Calcutta medical institutions reports 1892-1900
Year: 1892
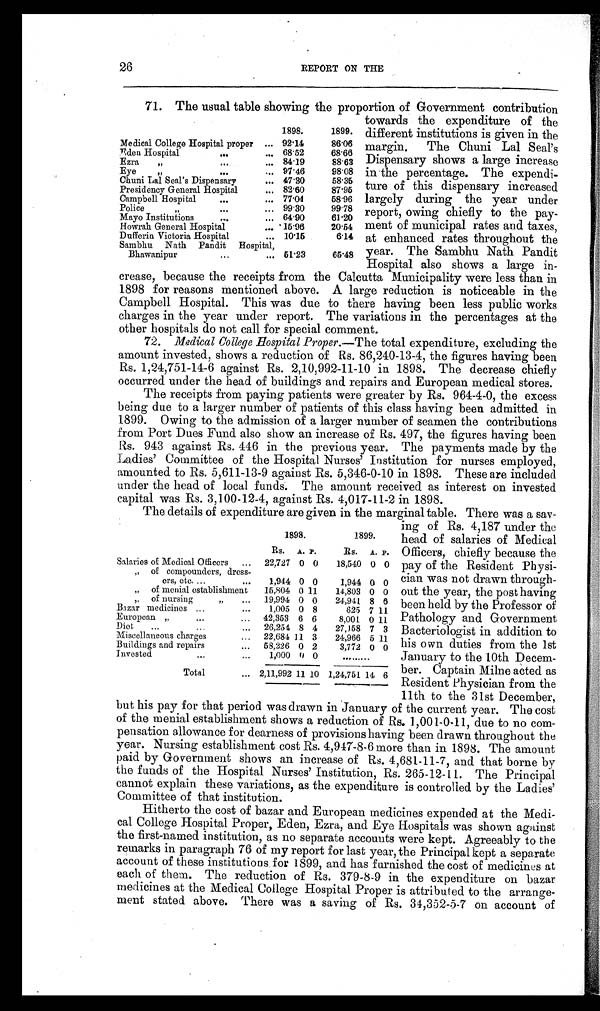
26
REPORT ON THE
71. The usual table showing the proportion of Government contribution
towards the expenditure of the
different institutions is given in the
margin. The Chuni Lal Seal's
Dispensary shows a large increase
in the percentage. The expendi-
ture of this dispensary increased
largely during the year under
report, owing chiefly to the pay-
ment of municipal rates and taxes,
at enhanced rates throughout the
year. The Sambhu Nath Pandit
Hospital also shows a large in-
crease, because the receipts from the Calcutta Municipality were less than in
1898 for reasons mentioned above. A large reduction is noticeable in the
Campbell Hospital. This was due to there having been less public works
charges in the year under report. The variations in the percentages at the
o t h e r h o s p i t a l s d o n o t c a l l f o r s p e c i a l c o mme n t .
72. Medical College Hospital Proper.— The total expenditure, excluding the
amount invested, shows a reduction of Rs. 86,240-13-4, the figures having been
Rs. 1,24,751-14-6 against Rs. 2,10,992-11-10 in 1898. The decrease chiefly
occurred under the head of buildings and repairs and European medical stores.
The receipts from paying patients were greater by Rs. 964-4-0, the excess
being due to a larger number of patients of this class having been admitted in
1899. Owing to the admission of a larger number of seamen the contributions
from Port Dues Fund also show an increase of Rs. 497, the figures having been
Rs. 943 against Rs. 446 in the previous year. The payments made by the
Ladies' Committee of the Hospital Nurses' Institution for nurses employed,
amounted to Rs. 5,611-13-9 against Rs. 5,346-0-10 in 1898. These are included
under the head of local funds. The amount received as interest on invested
capital was Rs. 3,100-12-4, against Rs. 4,017-11-2 in 1898.
The details of expenditure are given in the marginal table. There was a sav-
1898.
1899.
Medical College Hospital proper ... 92.14
86.06
Eden Hospital
...
. . . 68.52
68.66
Ezra „
...
. . . 84.19
88.63
Eye
"
...
... 97.46
98.08
Chuni Lai Seal's Dispensary
... 47.30
58.35
Presidency General Hospital
. . . 82.60
87.95
Campbell Hospital
...
...
7 7 . 0 4
58.96
Police "
...
. . . 99.30
99.78
Mayo Institutions
...
. . . 64.90
61. 20
Howrah General Hospital
. . . 15.96
20.54
Dufferin Victoria Hospital
. . . 10.15
6.14
Sambhu Nath Pandit Hospital,
Bhawanipur
. . . . . . 51.23
65.48
1898.
1899.
Rs. A. P.
Rs. A. P.
Salaries of Medical Officers ... 22,727 0 0 18,540 0 0
,, of compounders, dress-
ers, etc.
. . .
. . . 1,944 0 0
1,944 0 0
" o f m e n i a l e s t a b l i s h m e n t 15,804 0 11
14,803 0 0
" o f n u r s i n g "
... 19,994 0 0 24,941 8 6
Bazar medicines ...
...
1,005 0 8
625 7 11
European " ...
... 42,353 6 6
8,001 0 11
Diet ...
...
... 26,254 8 4 27,158 7 3
Miscellaneous charges
... 22,684 11 3 24,966 5 11
Buildings and repairs
... 58,226 0 2
3,772 0 0
Invested
...
...
1,000 0 0
. . . . . . . . .
Total
... 2,11,992 11 10 1,24,751 14 6
ing of Rs. 4,187 under the
head of salaries of Medical
Officers, chiefly because the
pay of the Resident Physi-
cian was not drawn through-
out the year, the post having
been held by the Professor of
Pathology and Government
Bacteriologist in addition to
his own duties from the 1st
January to the 10th Decem-
ber. Captain Milne acted as
Resident Physician from the
11th to the 31st December,
but his pay for that period was drawn in January of the current year. The cost
of the menial establishment shows a reduction of Rs. 1,001-0-11, due to no com-
pensation allowance for dearness of provisions having been drawn throughout the
year. Nursing establishment cost Rs. 4,947-8-6 more than in 1898. The amount
paid by Government shows an increase of Rs. 4,681-11-7, and that borne by
the funds of the Hospital Nurses' Institution, Rs. 265-12-11. The Principal
cannot explain these variations, as the expenditure is controlled by the Ladies'
Committee of that institution.
Hitherto the cost of bazar and European medicines expended at the Medi-
cal College Hospital Proper, Eden, Ezra, and Eye Hospitals was shown against
the first-named institution, as no separate accounts were kept. Agreeably to the
remarks in paragraph 76 of my report for last year, the Principal kept a separate
account of these institutions for 1899, and has furnished the cost of medicines at
each of them. The reduction of Rs. 379-8-9 in the expenditure on bazar
medicines at the Medical College Hospital Proper is attributed to the arrange-
ment stated above. There was a saving of Rs. 34,352-5-7 on account of